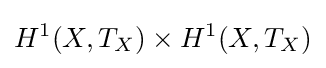
H^{1}(X,T_{X})\times H^{1}(X,T_{X})